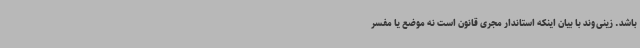
باشد. زینی‌وند با بیان اینکه استاندار مجری قانون است نه موضع یا مفسر